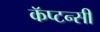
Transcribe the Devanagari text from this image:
कॅप्टन्सी